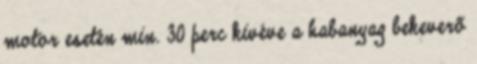
motor esetén min. 30 perc kivéve a habanyag bekeverõ